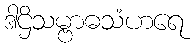
ဒါဌိသမ္ဗာဓသံဟရေ